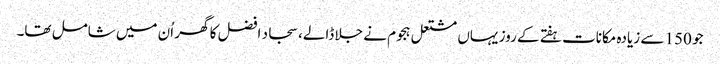
جو 150 سے زیادہ مکانات ہفتے کے روز یہاں مشتعل ہجوم نے جلا ڈالے، سجاد افضل کا گھر اُن میں شامل تھا۔